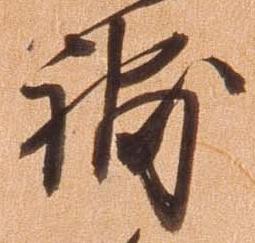
補